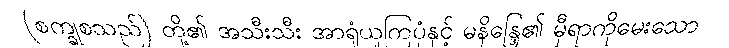
(စက္ခုစသည်) တို့၏ အသီးသီး အာရုံယူကြပုံနှင့် မနိန္ဒြေ၏ မှီရာကိုမေးသော